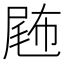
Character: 𡲫